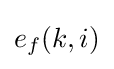
e_{f}(k,i)\,\!